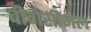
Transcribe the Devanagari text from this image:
वीगेसीमल